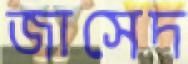
জাসেদ